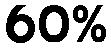
60%